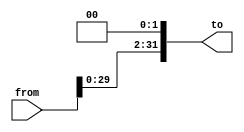
module LeftShift2b(
    from,
    to
);
    input wire [31:0] from;
    output wire [31:0] to;

    assign to = {from[29:0], 2'b00};
endmodule